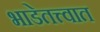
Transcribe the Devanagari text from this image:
भाडेतत्त्वात